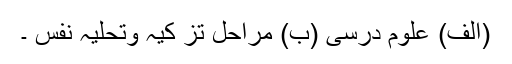
(الف) علوم درسی (ب) مراحل تز کیہ وتحلیہ نفس ۔